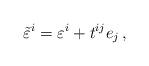
LaTeX: \begin{align*}\tilde\varepsilon^i=\varepsilon^i+t^{ij}e_j\,,\end{align*}